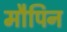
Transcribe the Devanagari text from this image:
मौपिन